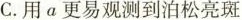
C.用a更易观测到泊松亮斑